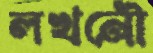
লখনৌ